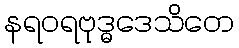
နရဝရဗုဒ္ဓဒေသိတေ